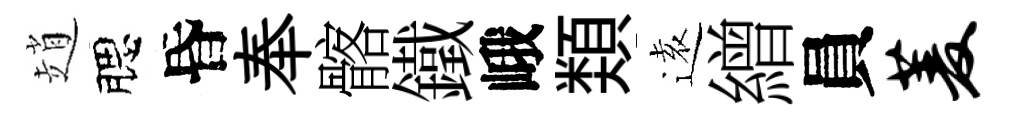
趙腮昏奉髂鐵峨𩔖逺繒員菱